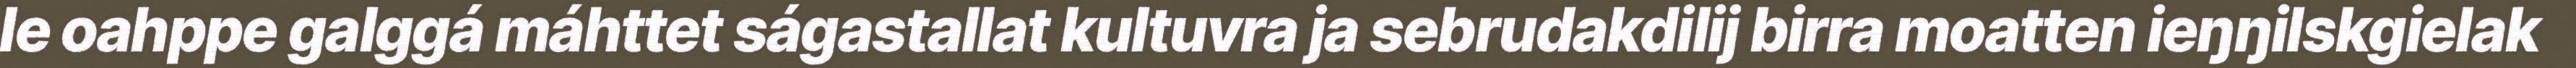
le oahppe galggá máhttet ságastallat kultuvra ja sebrudakdilij birra moatten ieŋŋilskgielak